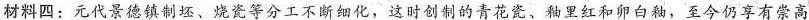
材料四：元代景德镇制坯、烧瓷等分工不断细化，这时创制的青花瓷、釉里红和卵白釉，至今仍享有崇高